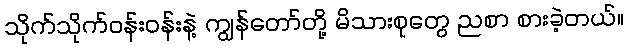
သိုက်သိုက်ဝန်းဝန်းနဲ့ ကျွန်တော်တို့ မိသားစုတွေ ညစာ စားခဲ့တယ်။